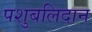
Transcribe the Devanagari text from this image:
पशुबलिदान